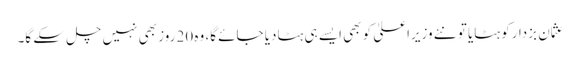
عثمان بزدارکو ہٹایا تو نئے وزیراعلیٰ کو بھی ایسے ہی ہٹادیا جائے گا، وہ 20 روز بھی نہیں چل سکے گا۔